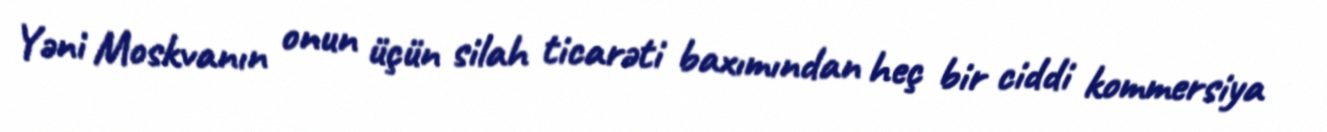
Yəni Moskvanın onun üçün silah ticarəti baxımından heç bir ciddi kommersiya